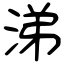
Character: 涕